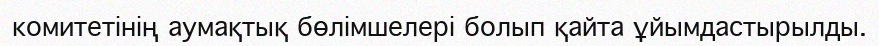
комитетінің аумақтық бөлімшелері болып қайта ұйымдастырылды.